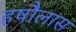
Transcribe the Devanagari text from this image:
हषौलास